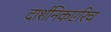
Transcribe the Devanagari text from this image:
दार्शनिकएरिच